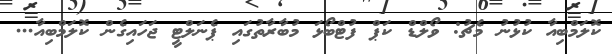
ކޮލަމްބިއާ ކުޅުނު މެޗު: ވޯލްޑް ކަޕް ފުޓްބޯޅަ މުބާރާތުގައި ޕެނަލްޓީ ޖަހައިގެން ކޮލަމްބިއާ...